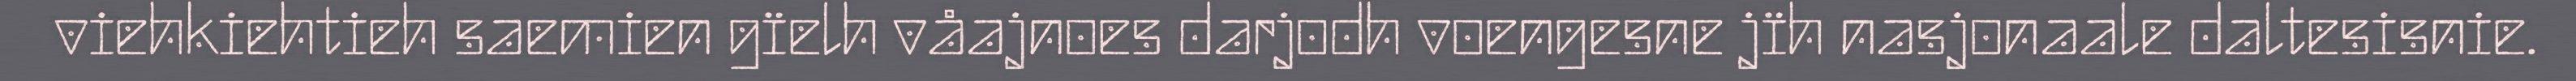
viehkiehtieh saemien gïelh våajnoes darjodh voengesne jïh nasjonaale daltesisnie.